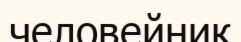
человейник